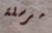
مرسلة